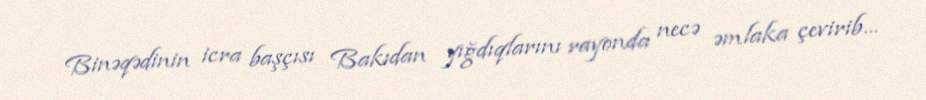
Binəqədinin icra başçısı Bakıdan yığdıqlarını rayonda necə əmlaka çevirib...